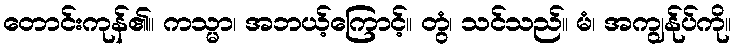
တောင်းကုန်၏။ ကသ္မာ၊ အဘယ့်ကြောင့်။ တွံ၊ သင်သည်။ မံ၊ အကျွန်ုပ်ကို။